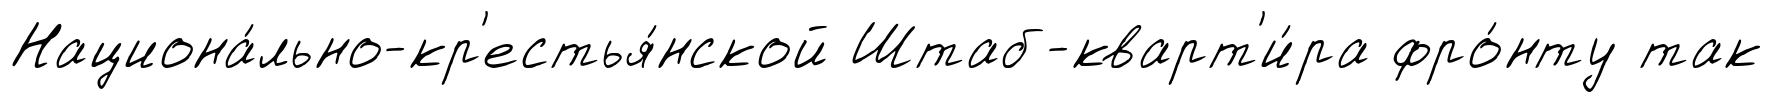
Национа́льно-кр'естья́нской Штаб-кварт'и́ра фро́нту так